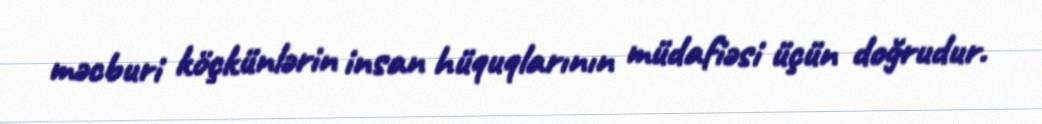
məcburi köçkünlərin insan hüquqlarının müdafiəsi üçün doğrudur.